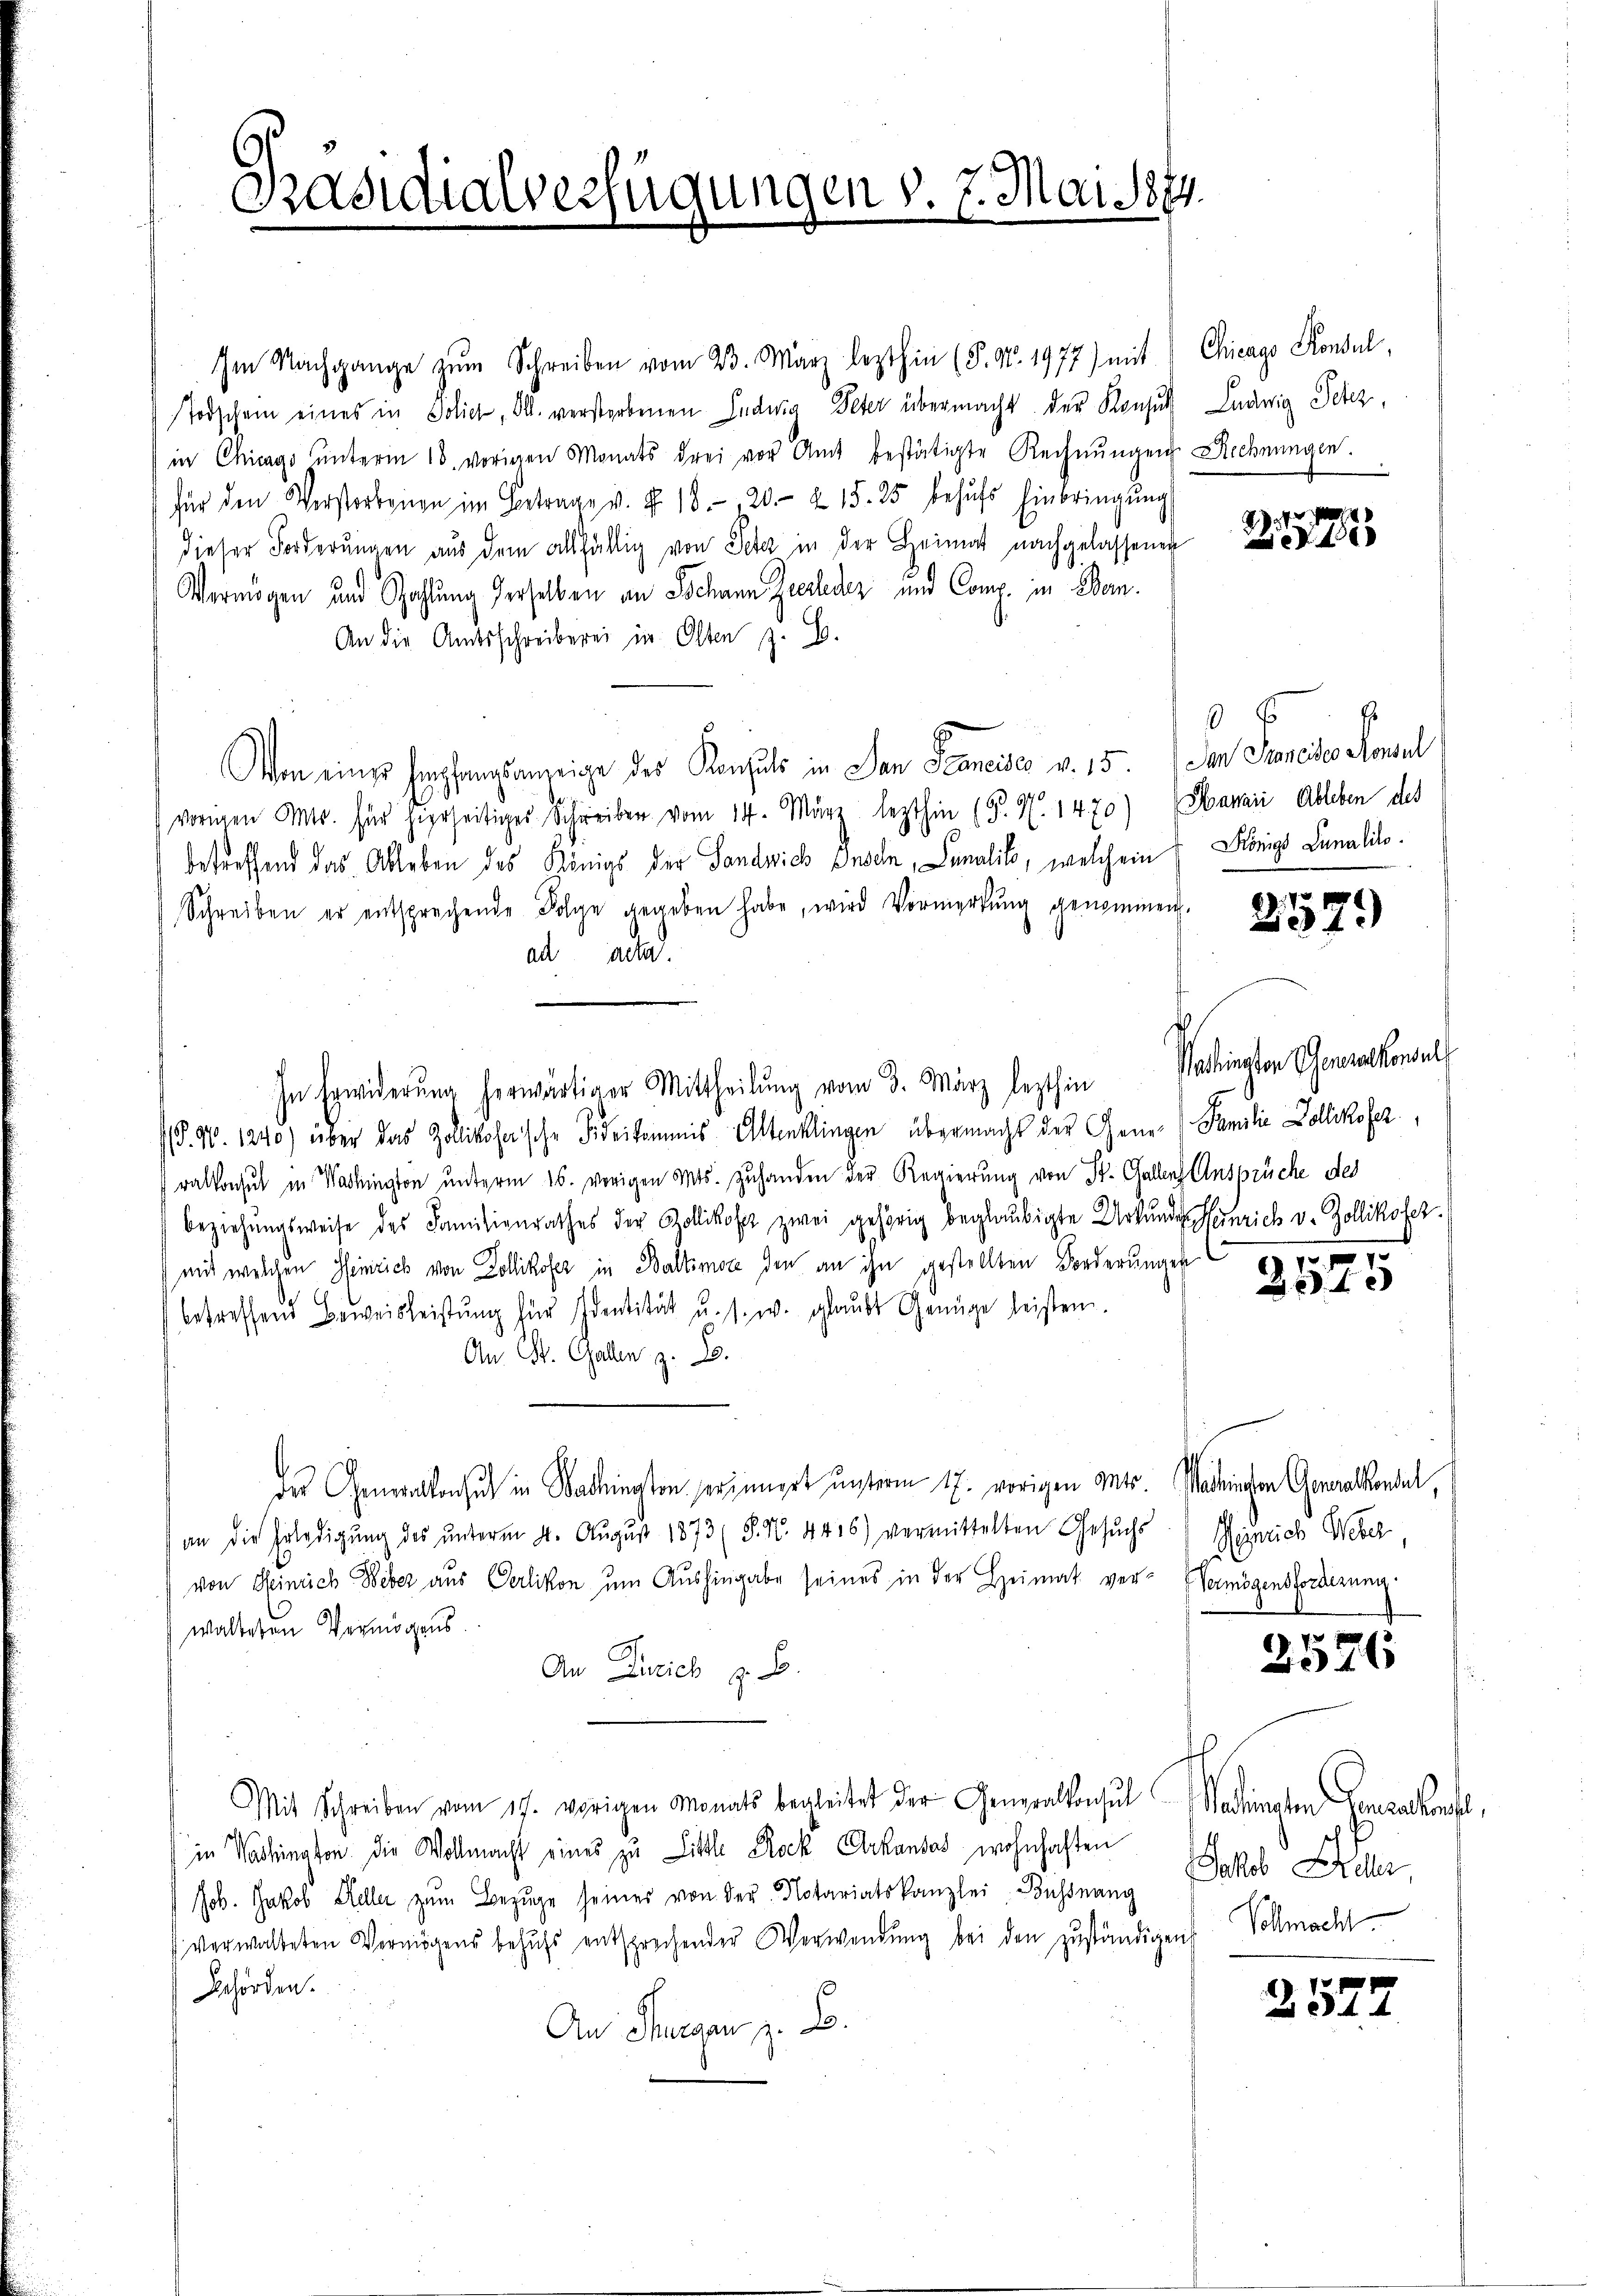
Im Nachgange zŭm Schreiben vom 23. März lezthin (S. Nr. 1977) mit Chicago Konsul,
Todschein eines in Folie, Al. verstorbenen Indus Peter übermacht der Konsul
in Chicago ŭnterm 18. vorigen Monats drei vor Amt bestätigte Rechnŭngen Rechnungen.
für den Werstorbenen im Betrage v. §. 13. 20. 215. 25 behŭfs Einbringŭng
dieser Forderungen aus dem allfällig von Peter in der Heimat nachgelassenen
Vermögen und Zahlung derselben an Schann Zeerleder und Comp. in Ban
An die Amtsschreiberei in Olten z. B.
Von eines Empfangsanzeige des Konsuls in San Sancisco v. 15. In Foncisco Konsul
vorigen Mts. für hierseitiges Schreiben vom 14. März lezthin (§. N. 1470) Saraić Ableben des
betreffend das Ableben des Königs der Landrich andeln, Lunalis, welchem Königs Canalito.
Schreiben er entsprechende Folge gegeben habe, wird Vormerkŭng genommen.
ad acta.
In Erwiderŭng herwärtiger Mittheilŭng vom 3. März lezthin Washington Generalkonsul
(§. 16. 1240) über das Zollikohnische Fideikommis Altenklingen übermacht der Gener Familie Zollikofer,
ralkonsul in Washington unterm 16. vorigen Mts. zuhanden der Regierung von St. Gallenz Ansprüche des
beziehŭngsweise des Familienrathes der Zollikost zwei gehörig beglaubigte Urkundes Heinrich v. Zollikofer.
mit welchen Heinrich von Zollikofer in Baltimoce den an ihn gestellten Forderungen
betreffend Beweisleistŭng für Identität u. s. w. glaubt Genüge leisten
An St. Gallen z. B.
des Generalkonsul in Wadington erinnert unterm 17. vorigen Mts. Washingen Generalkonsul,
an die Erledigŭng des ŭnterm 4. Aŭgŭst 1873 (S. N. 4416) vermittelten Gesŭchs
von Heinrich Weber aus Oerlikon ŭm Aŭshingabe seines in der Heimat ver- Vermögensforderung
walteten Vermögens.
An Zürich z. B.
Mit Schreiben vom 17. vorigen Monats begleitet der Generalkonsul
in Washington die Wollmacht eines zu Little Rock Arkandas wohnhaften
Job. Jakob Kalen zum Bezuge seines von der Notariatskanzlei Buchdrang Jakob Her
V. verwalteten Vermögens behufs entsprechender Verwendung bei den zuständigens
Behörden.
An Hungen z. B.

Präsidialverfügungen v. 7. Mai 1874.
i

Ludwig Schr

1585

6

2579)

.

2575

Heinrich Weber

2576

dingten Concestens,
Vollmacht

2577